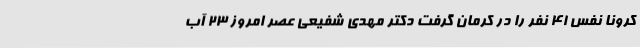
کرونا نفس 41 نفر را در کرمان گرفت دکتر مهدی شفیعی عصر امروز 23 آب